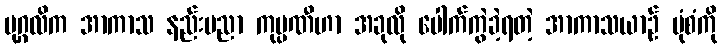
ပုဂ္ဂလိက အာကာသ နည်းပညာ ကုမ္ပဏီဟာ အခုလို ပေါက်ကွဲခဲ့ရတဲ့ အာကာသယာဉ် ပုံစံကို